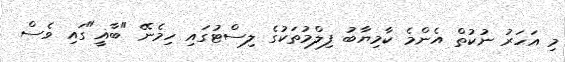
މި އަހަރު ނުކުތް އެންމެ ކާމިޔާބު ފިލްމުތަކުގެ ލިސްޓުގައި ހިމެނޭ "ބާޣީ"ގައި ވެސް